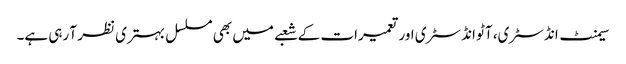
سیمنٹ انڈسٹری، آٹو انڈسٹری اور تعمیرات کے شعبے میں بھی مسلسل بہتری نظر آ رہی ہے۔